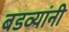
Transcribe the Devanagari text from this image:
बडव्यांनी